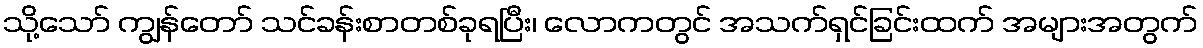
သို့သော် ကျွန်တော် သင်ခန်းစာတစ်ခုရပြီး၊ လောကတွင် အသက်ရှင်ခြင်းထက် အများအတွက်